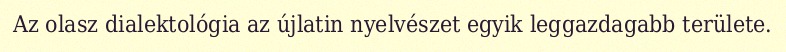
Az olasz dialektológia az újlatin nyelvészet egyik leggazdagabb területe.